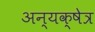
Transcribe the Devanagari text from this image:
अन्यक्षेत्र